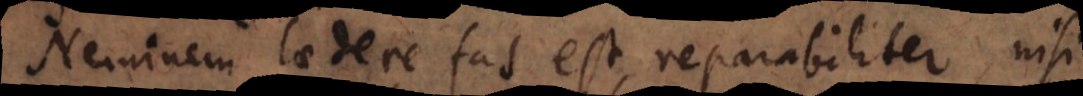
Neminem laedere fas est, reparabiliter, nisi